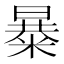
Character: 𱹖